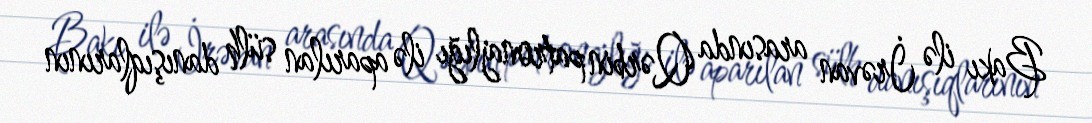
Bakı ilə İrəvan arasında Qərbin patronajlığı ilə aparılan sülh danışıqlarının